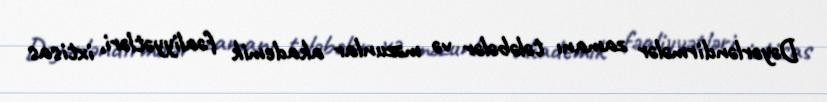
Dəyərləndirmələr zamanı tələbələr və məzunlar akademik fəaliyyətləri, ixtisas